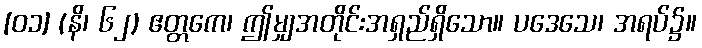
[၀၁] (နိ၊ ၆၂) ဧတ္တကေ၊ ဤမျှအတိုင်းအရှည်ရှိသော။ ပဒေသေ၊ အရပ်၌။